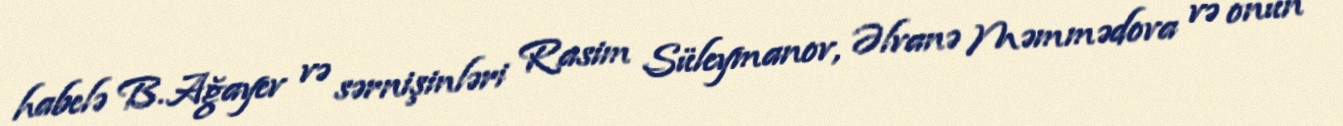
habelə B. Ağayev və sərnişinləri Rasim Süleymanov, Əlvanə Məmmədova və onun